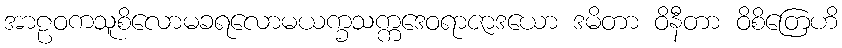
အာဠဝကသူစိလောမခရလောမယက္ခသက္ကဒေဝရာဇာဒယော ဒမိတာ ဝိနီတာ ဝိစိတြေဟိ